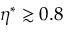
\eta ^ { * } \gtrsim 0 . 8